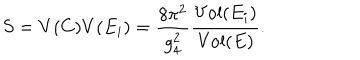
LaTeX: S = V ( C ) V ( E _ { i } ) = \frac { 8 \pi ^ { 2 } } { g _ { 4 } ^ { 2 } } \frac { \mathrm { V o l } ( E _ { i } ) } { \mathrm { V o l } ( E ) } .